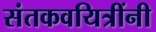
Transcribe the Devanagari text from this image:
संतकवयित्रींनी